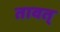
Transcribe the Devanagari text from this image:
तावत्